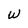
Character: W